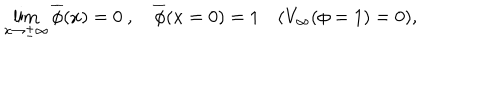
LaTeX: \lim _ { x \to \pm \infty } \overline { { { \phi } } } ( x ) = 0 \ , \quad \overline { { { \phi } } } ( x = 0 ) = 1 \quad ( V _ { \infty } ( \phi = 1 ) = 0 ) ,